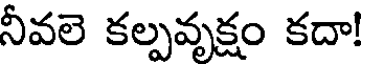
నీవలె కల్పవృక్షం కదా!